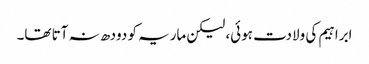
ابراہیم کی ولادت ہوئی، لیکن ماریہ کو دودھ نہ آتا تھا۔